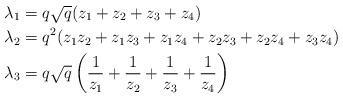
LaTeX: \begin{align*}\lambda_1&=q\sqrt{q}(z_1+z_2+z_3+z_4)\\\lambda_2&=q^2(z_1z_2+z_1z_3+z_1z_4+z_2z_3+z_2z_4+z_3z_4)\\\lambda_3&=q\sqrt{q}\left(\frac{1}{z_1}+\frac{1}{z_2}+\frac{1}{z_3}+\frac{1}{z_4}\right)\end{align*}